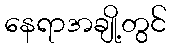
နေရာအချို့တွင်